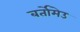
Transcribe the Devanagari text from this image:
बर्तोमेउ